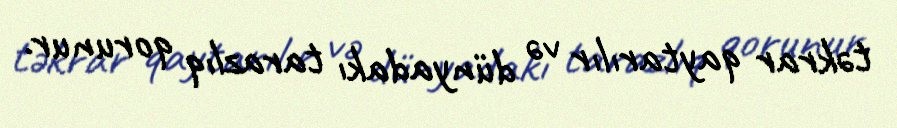
təkrar qaytarılır və dünyadakı tarazlıq qorunur.